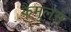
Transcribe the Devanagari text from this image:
कैमुलस